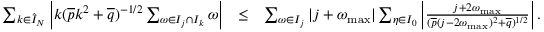
\begin{array} { r l r } { \sum _ { k \in \hat { I } _ { N } } \left| k ( \overline { { p } } k ^ { 2 } + \overline { { q } } ) ^ { - 1 / 2 } \sum _ { \omega \in I _ { j } \cap I _ { k } } \omega \right| } & { \leq } & { \sum _ { \omega \in I _ { j } } | j + \omega _ { \operatorname* { m a x } } | \sum _ { \eta \in I _ { 0 } } \left| \frac { j + 2 \omega _ { \operatorname* { m a x } } } { ( \overline { { p } } ( j - 2 \omega _ { \operatorname* { m a x } } ) ^ { 2 } + \overline { { q } } ) ^ { 1 / 2 } } \right| . } \end{array}